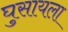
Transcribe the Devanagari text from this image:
घुसायला